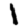
Digit: 1